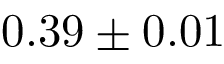
0 . 3 9 \pm 0 . 0 1